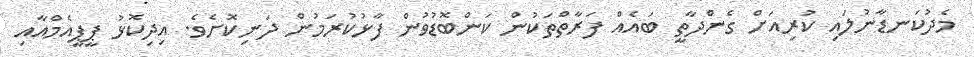
މެދުކަނޑާނުލައި ކުރިއަށް ގެންދާތީ ބައެއް ފަރާތްތަކުން ކަންބޮޑުވުން ފާޅުކުރަމުން ދަނިކޮށެވެ. އިދިކޮޅު ޕީޕީއެމްއާއި